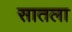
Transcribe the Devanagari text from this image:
सातला